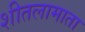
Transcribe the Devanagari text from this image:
शीतलामाता